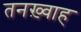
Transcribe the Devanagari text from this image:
तनख़्वाह